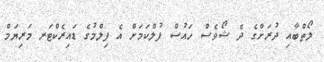
ލޯތްބާއި ދުރަށްގެ ދެ ޝޯވެސް ހައުސް ފުލްކަމަށް އެ ފިލްމުގެ ޑައިރެކްޓަރ މަރިޔަމް